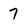
Character: 7